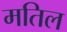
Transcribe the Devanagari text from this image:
मतिल